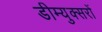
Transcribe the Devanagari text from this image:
डीम्युक्सरों